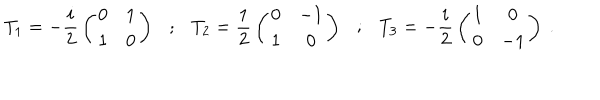
T _ { 1 } = - { \frac { i } { 2 } } \left( \begin{matrix} { { 0 } } & { { 1 } } \\ { { 1 } } & { { 0 } } \\ \end{matrix} \right) ; T _ { 2 } = { \frac { 1 } { 2 } } \left( \begin{matrix} { { 0 } } & { { - 1 } } \\ { { 1 } } & { { 0 } } \\ \end{matrix} \right) ; T _ { 3 } = - { \frac { i } { 2 } } \left( \begin{matrix} { { 1 } } & { { 0 } } \\ { { 0 } } & { { - 1 } } \\ \end{matrix} \right) \ .